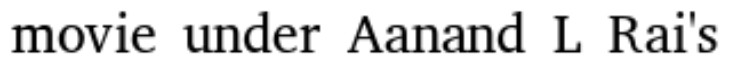
movie under Aanand L Rai's